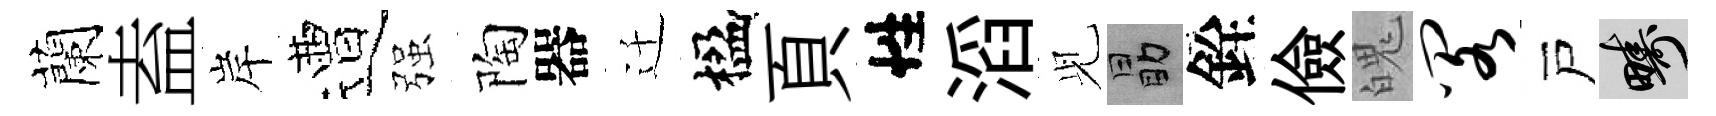
蘭盍岸遭强陶器迁楹頁性滔𫤗勗銓儉魄阁戸疇